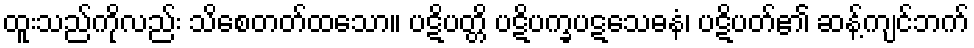
ထူးသည်ကိုလည်း သိစေတတ်ထသော။ ပဋိပတ္တိ ပဋိပက္ခပဋသေဓနံ၊ ပဋိပတ်၏ ဆန့်ကျင်ဘက်